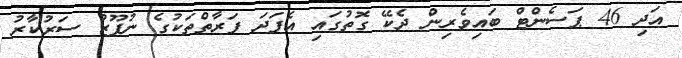
އަދި 46 ޕަސެންޓް ބައިވެރިން ދެކޭ ގޮތުގައި އެފަދަ ފަރާތްތަކުގެ ނުފޫޒު ސަރުކާރު